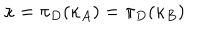
LaTeX: \kappa = \pi _ { D } ( \kappa _ { A } ) = \pi _ { D } ( \kappa _ { B } )